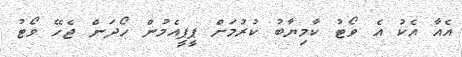
އެއާ އެކު އެ ވޯޓު ކާމިޔާބު ކުރުމަށް ޕީޕީއެމުން ހޯދަން ޖެހޭ ވޯޓު